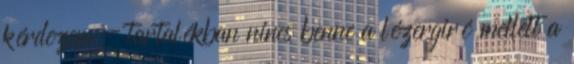
kérdezem - tartalékban nincs benne a lézergiró mellett a